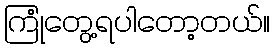
ကြုံတွေ့ရပါတော့တယ်။